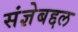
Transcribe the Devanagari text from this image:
संज्ञेबद्दल